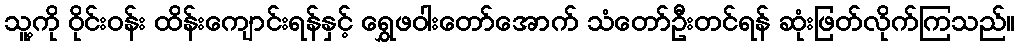
သူ့ကို ဝိုင်းဝန်း ထိန်းကျောင်းရန်နှင့် ရွှေဖဝါးတော်အောက် သံတော်ဦးတင်ရန် ဆုံးဖြတ်လိုက်ကြသည်။